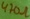
Text: 470Ω